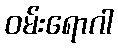
ဝမ်းရောဂါ